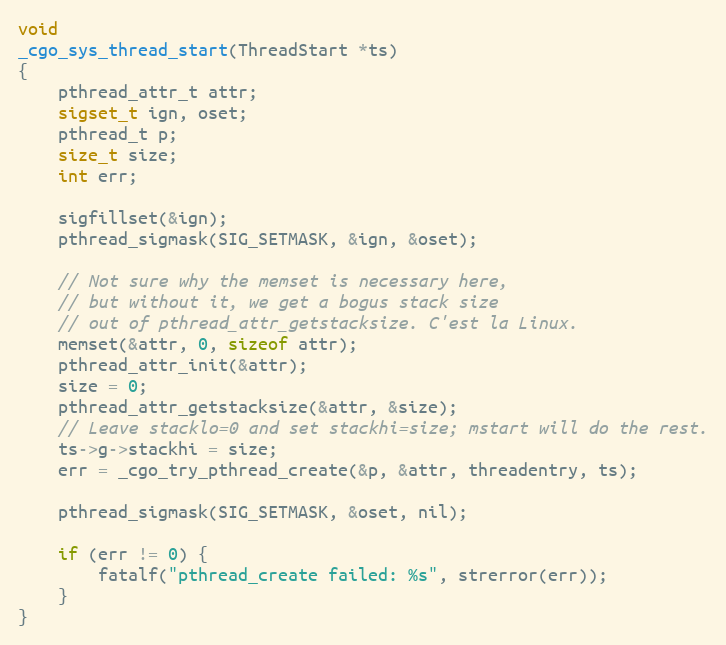
Language: C
void
_cgo_sys_thread_start(ThreadStart *ts)
{
	pthread_attr_t attr;
	sigset_t ign, oset;
	pthread_t p;
	size_t size;
	int err;

	sigfillset(&ign);
	pthread_sigmask(SIG_SETMASK, &ign, &oset);

	// Not sure why the memset is necessary here,
	// but without it, we get a bogus stack size
	// out of pthread_attr_getstacksize. C'est la Linux.
	memset(&attr, 0, sizeof attr);
	pthread_attr_init(&attr);
	size = 0;
	pthread_attr_getstacksize(&attr, &size);
	// Leave stacklo=0 and set stackhi=size; mstart will do the rest.
	ts->g->stackhi = size;
	err = _cgo_try_pthread_create(&p, &attr, threadentry, ts);

	pthread_sigmask(SIG_SETMASK, &oset, nil);

	if (err != 0) {
		fatalf("pthread_create failed: %s", strerror(err));
	}
}